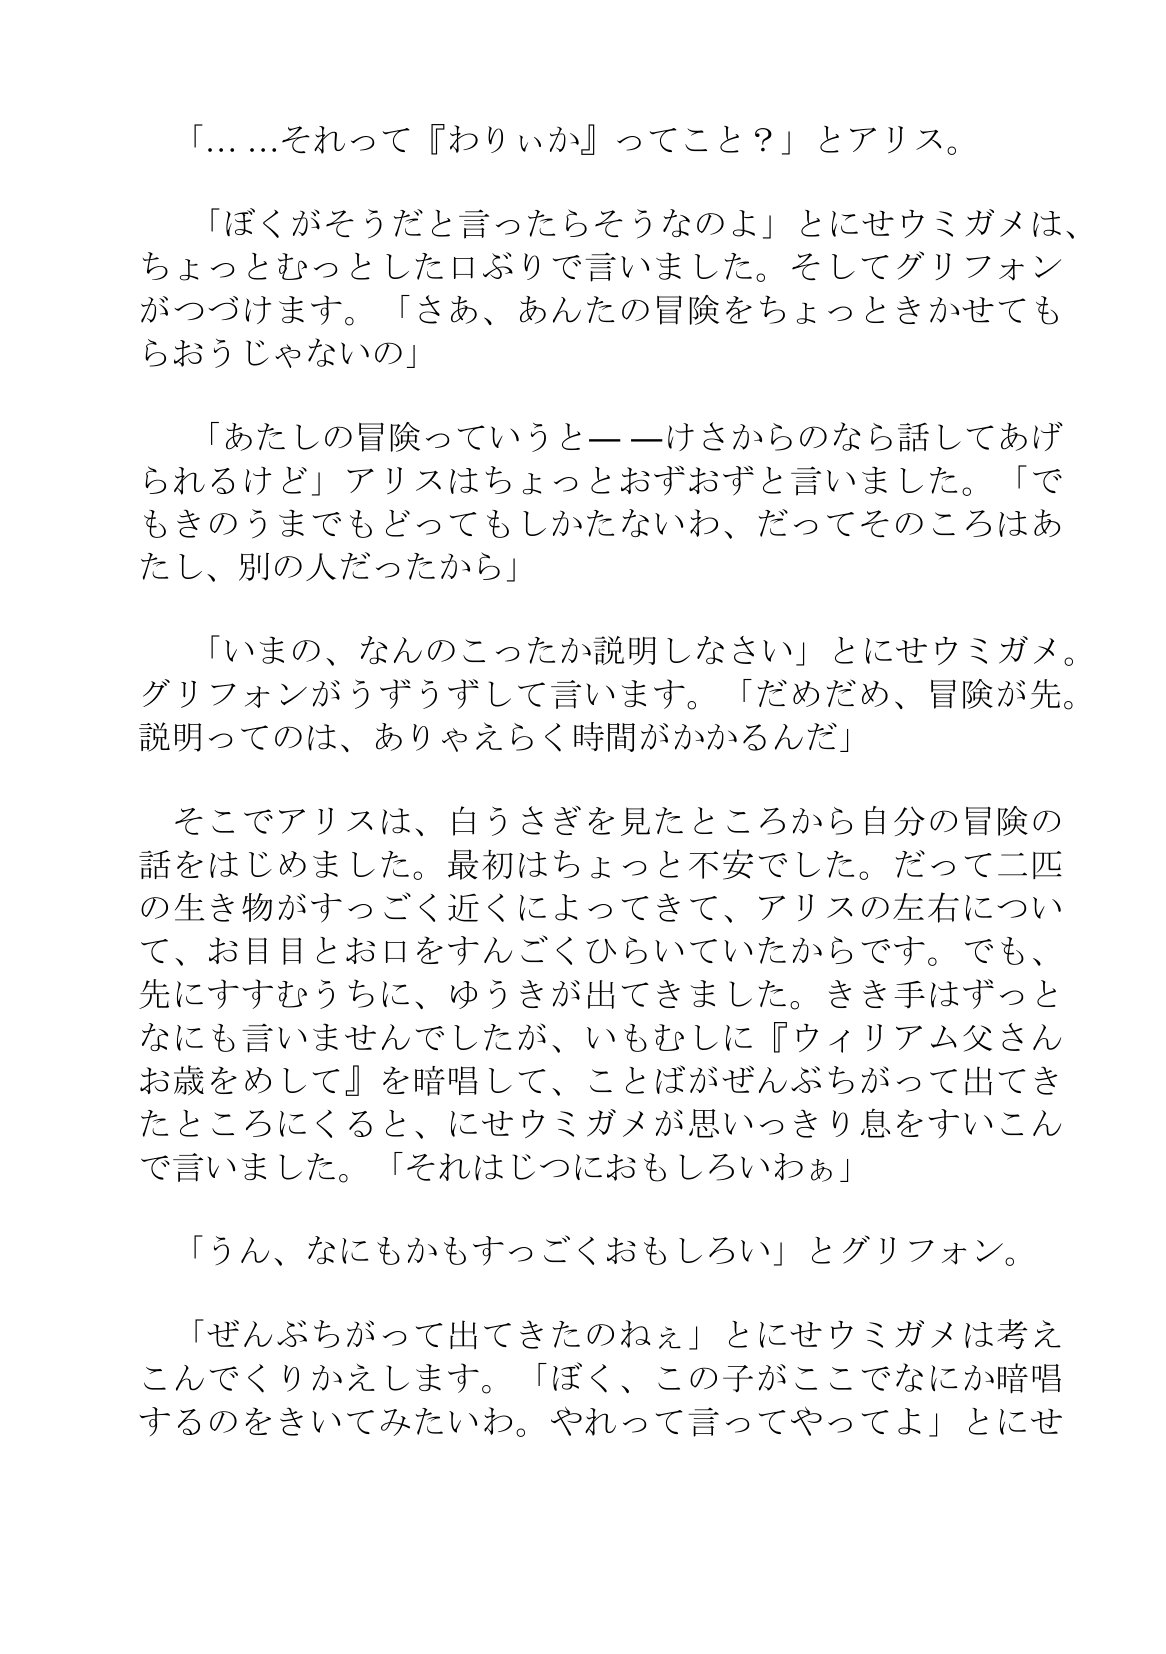
Language: ja